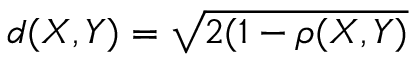
d ( \boldsymbol { X } , \boldsymbol { Y } ) = \sqrt { 2 ( 1 - \rho ( \boldsymbol { X } , \boldsymbol { Y } ) }